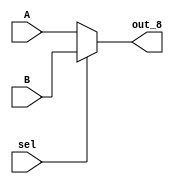
`timescale 1ns / 1ps
//////////////////////////////////////////////////////////////////////////////////
// Company: 
// Engineer: 
// 
// Design Name: 
// Module Name: mux2to1
// Project Name: 
// Target Devices: 
// Tool Versions: 
// Description: 
// 
// Dependencies: 
// 
// Revision:
// Revision 0.01 - File Created
// Additional Comments:
// 
//////////////////////////////////////////////////////////////////////////////////


module mux2to1_8(out_8, A, B, sel);
    output [8:0] out_8;
    input [8:0] A;
    input [8:0] B;
    input sel;
    
    reg [8:0] out_8 = 0;
    always @ (sel or A or B)
        begin
            if (sel)
                out_8 = B;
            else 
                out_8 = A;
        end
         
endmodule


module mux2to1_1(out, A, B, sel);
    output out;
    input A;
    input B;
    input sel;
    
    reg out;
    always @ (sel or A or B)
        begin
            if (sel)
                out <= B;
            else 
                out <= A;
        end
         
endmodule